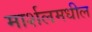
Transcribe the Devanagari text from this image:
मार्शलमधील